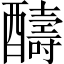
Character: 醻